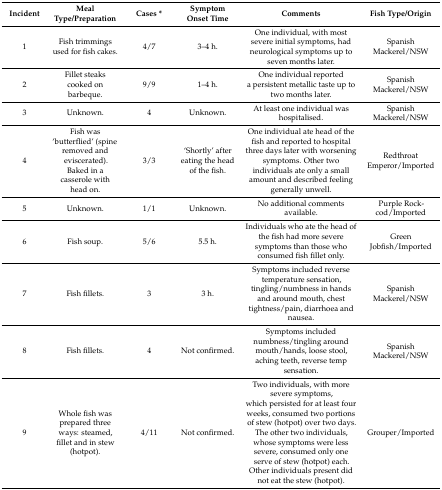
| Incident | Meal Type/Preparation | Cases * | Symptom Onset Time | Comments | Fish Type/Origin |
 | --- | --- | --- | --- | --- | --- |
 | 1 | Fish trimmings used for fish cakes. | 4/7 | 3–4 h. | One individual, with most severe initial symptoms, had neurological symptoms up to seven months later. | Spanish Mackerel/NSW |
 | 2 | Fillet steaks cooked on barbeque. | 9/9 | 1–4 h. | One individual reported a persistent metallic taste up to two months later. | Spanish Mackerel/NSW |
 | 3 | Unknown. | 4 | Unknown. | At least one individual was hospitalised. | Spanish Mackerel/NSW |
 | 4 | Fish was ‘butterflied’ (spine removed and eviscerated). Baked in a casserole with head on. | 3/3 | ‘Shortly’ after eating the head of the fish. | One individual ate head of the fish and reported to hospital three days later with worsening symptoms. Other two individuals ate only a small amount and described feeling generally unwell. | Redthroat Emperor/Imported |
 | 5 | Unknown. | 1/1 | Unknown. | No additional comments available. | Purple Rock-cod/Imported |
 | 6 | Fish soup. | 5/6 | 5.5 h. | Individuals who ate the head of the fish had more severe symptoms than those who consumed fish fillet only. | Green Jobfish/Imported |
 | 7 | Fish fillets. | 3 | 3 h. | Symptoms included reverse temperature sensation, tingling/numbness in hands and around mouth, chest tightness/pain, diarrhoea and nausea. | Spanish Mackerel/NSW |
 | 8 | Fish fillets. | 4 | Not confirmed. | Symptoms included numbness/tingling around mouth/hands, loose stool, aching teeth, reverse temp sensation. | Spanish Mackerel/NSW |
 | 9 | Whole fish was prepared three ways: steamed, fillet and in stew (hotpot). | 4/11 | Not confirmed. | Two individuals, with more severe symptoms, which persisted for at least four weeks, consumed two portions of stew (hotpot) over two days. The other two individuals, whose symptoms were less severe, consumed only one serve of stew (hotpot) each. Other individuals present did not eat the stew (hotpot). | Grouper/Imported |